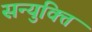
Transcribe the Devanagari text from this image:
सन्युक्ति